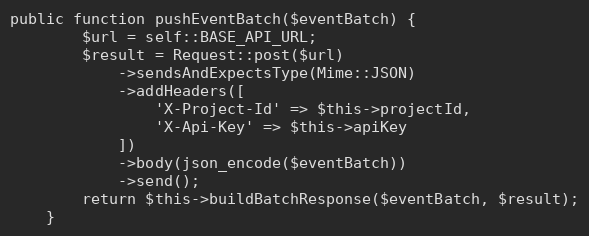
Language: PHP
public function pushEventBatch($eventBatch) {
        $url = self::BASE_API_URL;
        $result = Request::post($url)
            ->sendsAndExpectsType(Mime::JSON)
            ->addHeaders([
                'X-Project-Id' => $this->projectId,
                'X-Api-Key' => $this->apiKey
            ])
            ->body(json_encode($eventBatch))
            ->send();
        return $this->buildBatchResponse($eventBatch, $result);
    }